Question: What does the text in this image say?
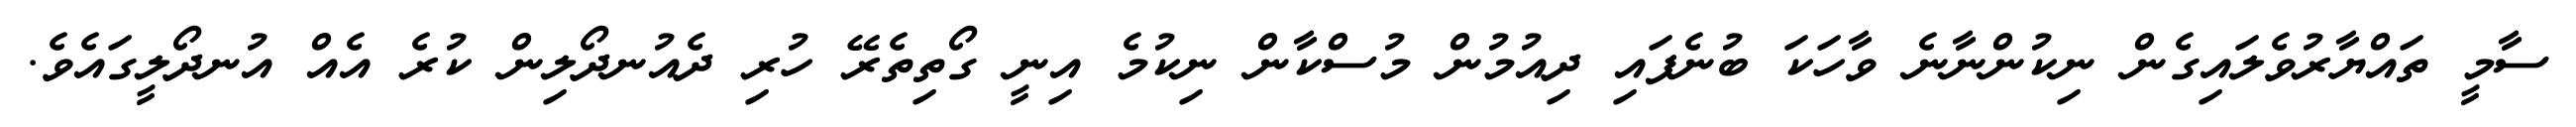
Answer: ސާމީ ތައްޔާރުވެލައިގެން ނިކުންނާނެ ވާހަކަ ބުނެފައި ދިއުމުން މުސްކާން ނިކުމެ އިނީ ގޯތިތެރޭ ހުރި ދެއުނދޯލިން ކުރެ އެއް އުނދޯލީގައެވެ.